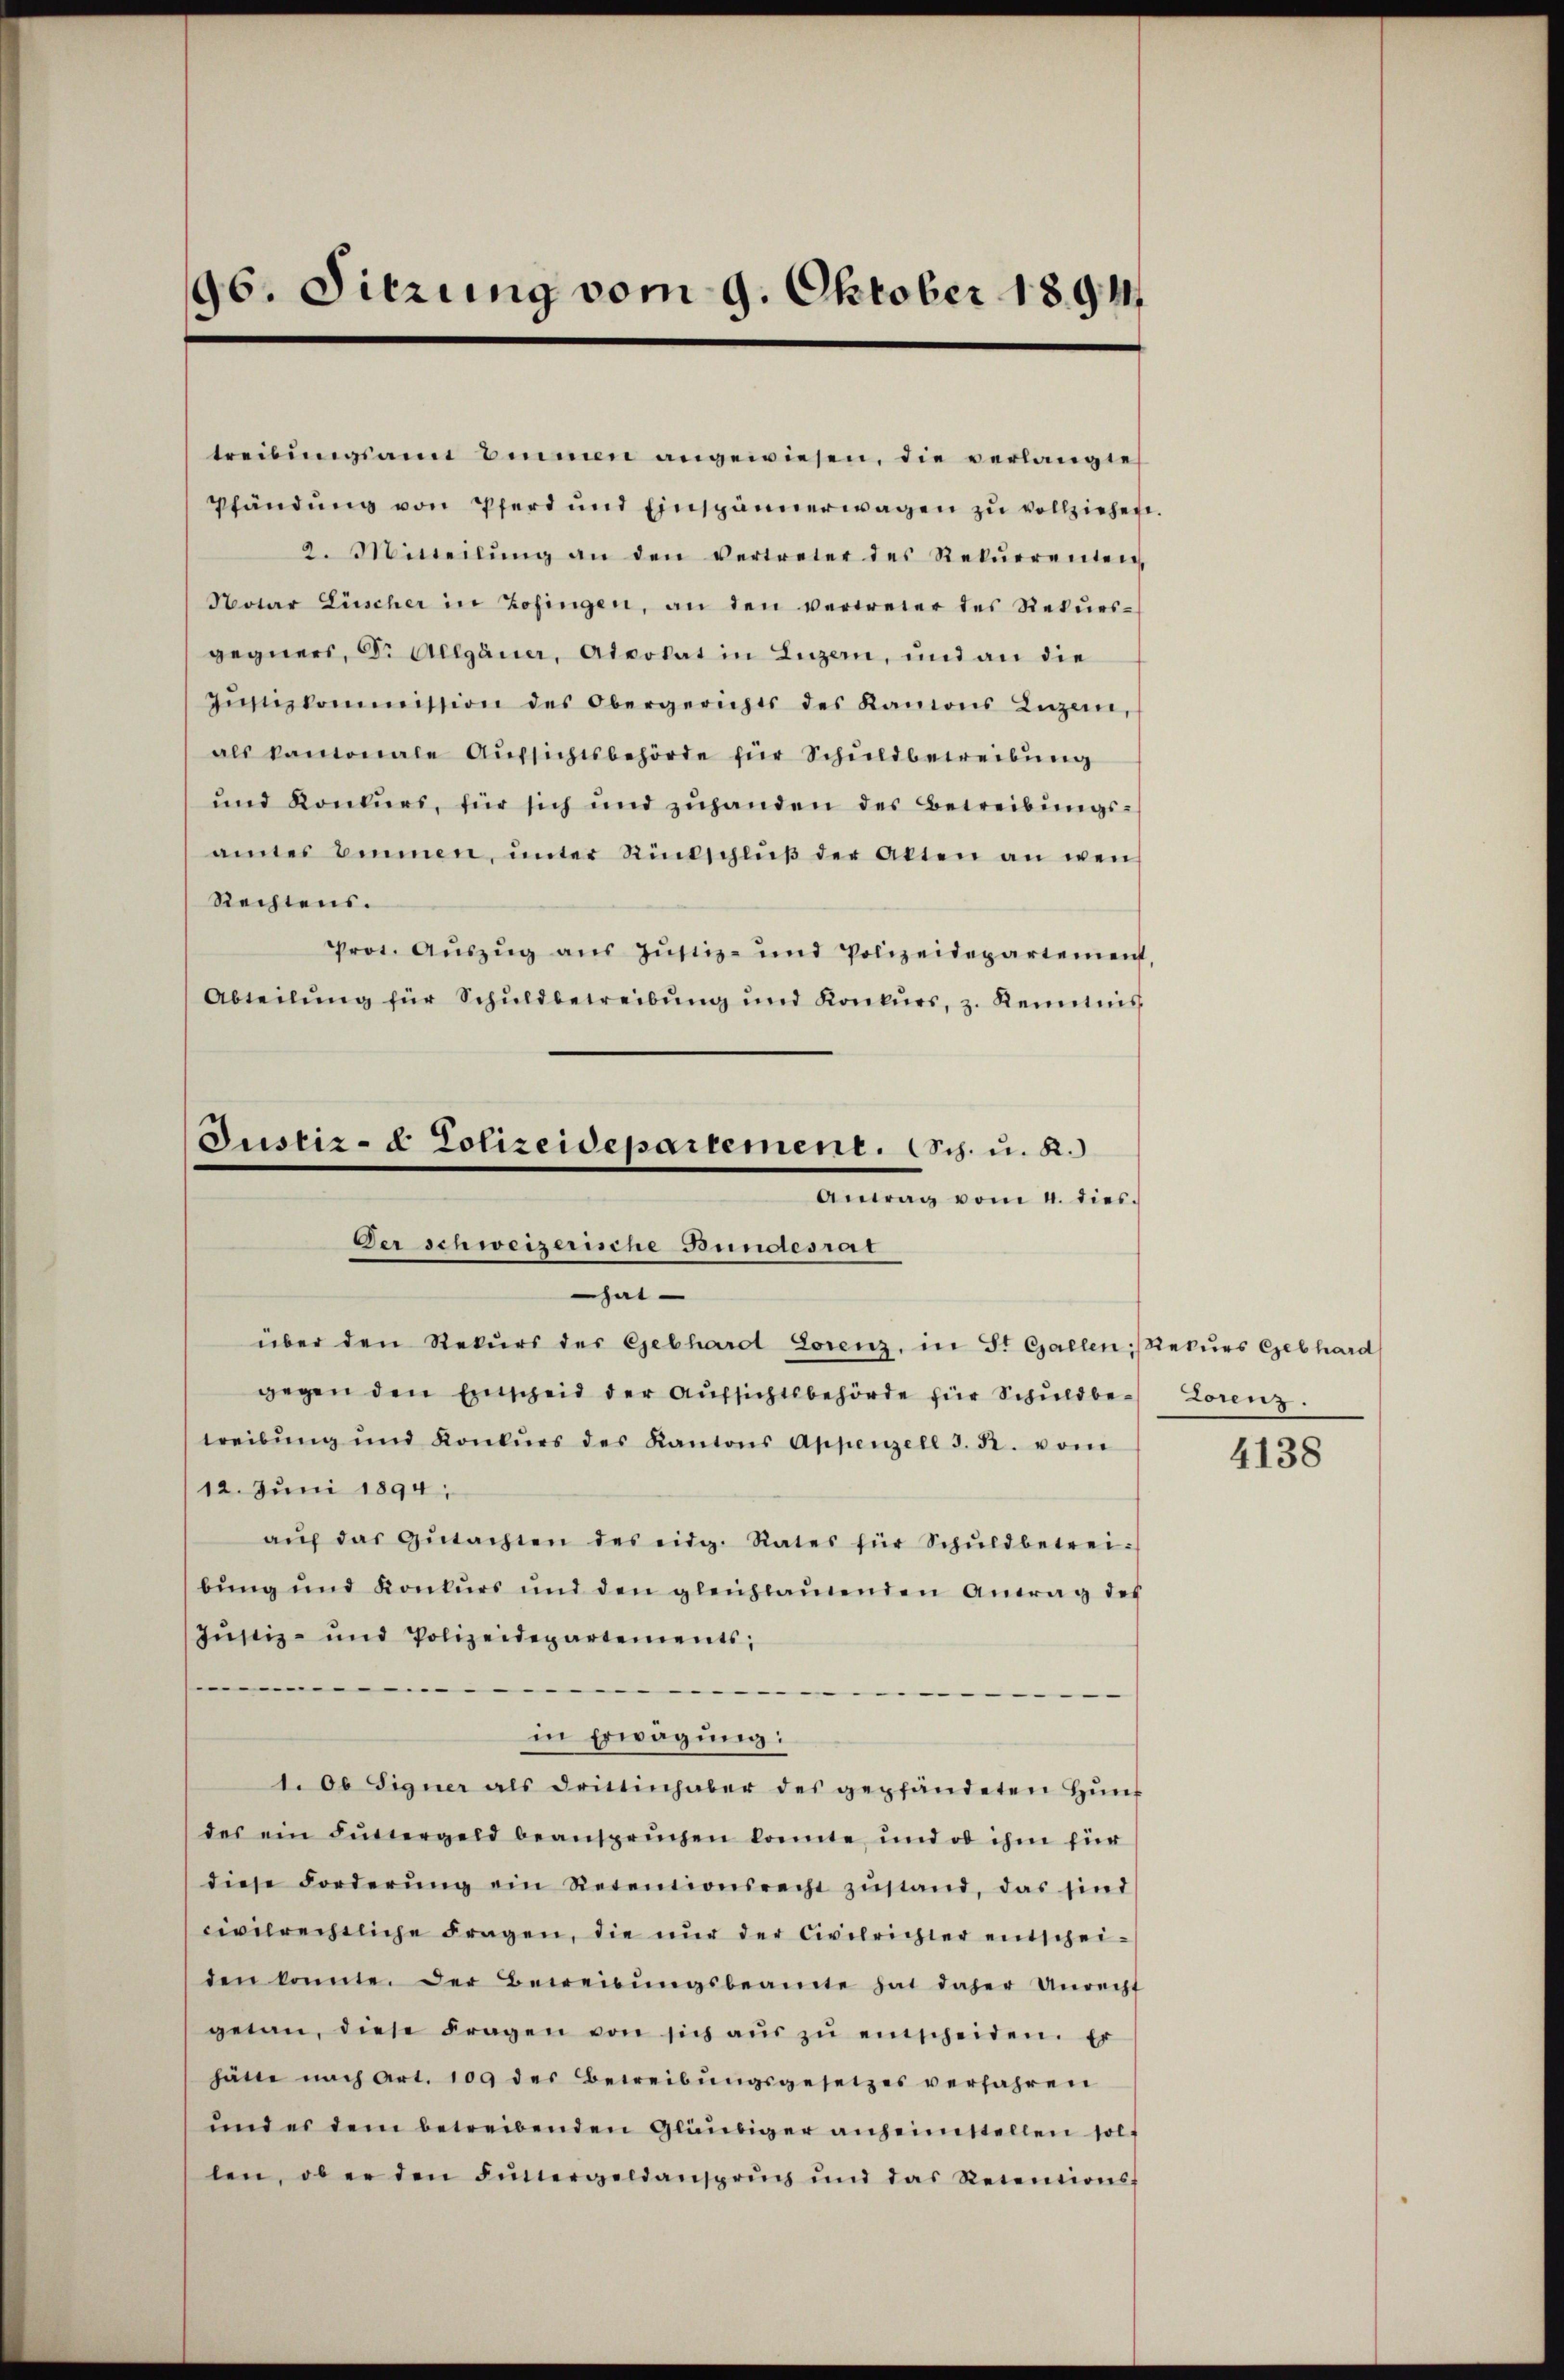
96. Sitzung vom 9. Oktober 1891

treibŭngsann binnen angewiesen, die verlangte
Pfändŭng von Pferd und Einspännerwagen zu vollziehen.
2. Mitteilŭng an den vertreter des Rekŭrrenten
Notar Lüscher in Zofingen, an den vertreter des Rekŭrs-
gegners, Dr. Allgäuer, Advokat in Luzern, und an die
Jŭstizkommission des Obergerichts des Kanons Luzern,
als kantonale Aufsichtsbehörde für Schuldbetreibung
und Konkurs, für sich und zŭhanden des Betreibŭngs-
amtes binnen, ŭnter Rückschlŭβ der Akten an wen
Rechtens.
Prot. Aŭszŭg aŭs Jŭstiz- und Polizeidepartement,
Abteilŭng für Schŭldbetreibŭng und Konkŭrs, z. Kenntnis
Justiz- & Polizeidepartement. Sch. u. R.)
Antrag vom 4. dies.
Der schweizerische Bundesrat

hat
über den Rekŭrs des Gebhardt Lorenz, in St. Gallen, Rekŭrs Gebhard

gegen den Einscheid der Aŭfsichtsbehörde für Schuldbe¬ Lorenz.
treibŭng und Konkŭrs des Kantons Appenzell I. R. vom
12. Juni 1894,
aŭf das Gŭtachten des eidg. Rates für Schŭldbetrei-
bŭng und Konkurs und den gleichlautenden Antrag des
Justiz- und Polizeidepartements,

in Erwägung:
1. Ob Signer als drittinhaber des gepfändeten Hünt
des ein Futtergeld beansprüchen konnte, und ob ihm für
diese Forderŭng ein Retentionsrecht zŭstand, das sind
civilrechtliche Fragen, die nŭr der Civilrichter entschei-
den konnte. Der Beweisŭngsbeamte hat daher Unrecht
getan, diese Fragen von sich aŭs zŭ einscheiden. Er
hätte nach Art. 109 des Betreibungsgesetzes verfahren
und es dem betreibenden Gläubiger anheimstellen solt
len, ob er den Funtergeldansprŭch ŭnd das Retentionsf

4138